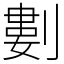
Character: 𠞭